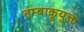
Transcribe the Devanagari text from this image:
तम्बाकूयुक्त